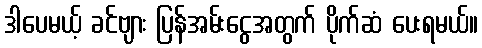
ဒါပေမယ့် ခင်ဗျား ပြန်အမ်းငွေအတွက် ပိုက်ဆံ ပေးရမယ်။